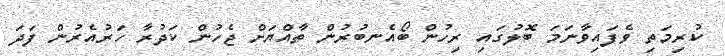
ކުރިމަތި ވެފައިވާނަމަ ބޮލުގައި ރިހުން ބޯއެނބުރުން ތާއްޔަށް ޖެހުން ކަދުރާ ހަރުއެރުން ފަދަ